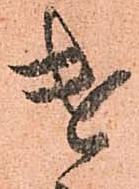
遣